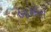
બામોરા